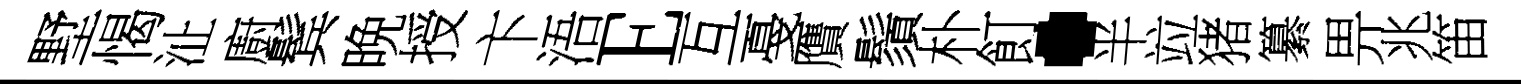
墅愒沚廚鬂晩授卞浯E互戞贋鬚朴飣·半竝猪纂畀兆笛